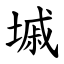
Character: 墄